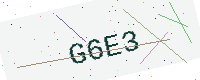
Text: G6E3